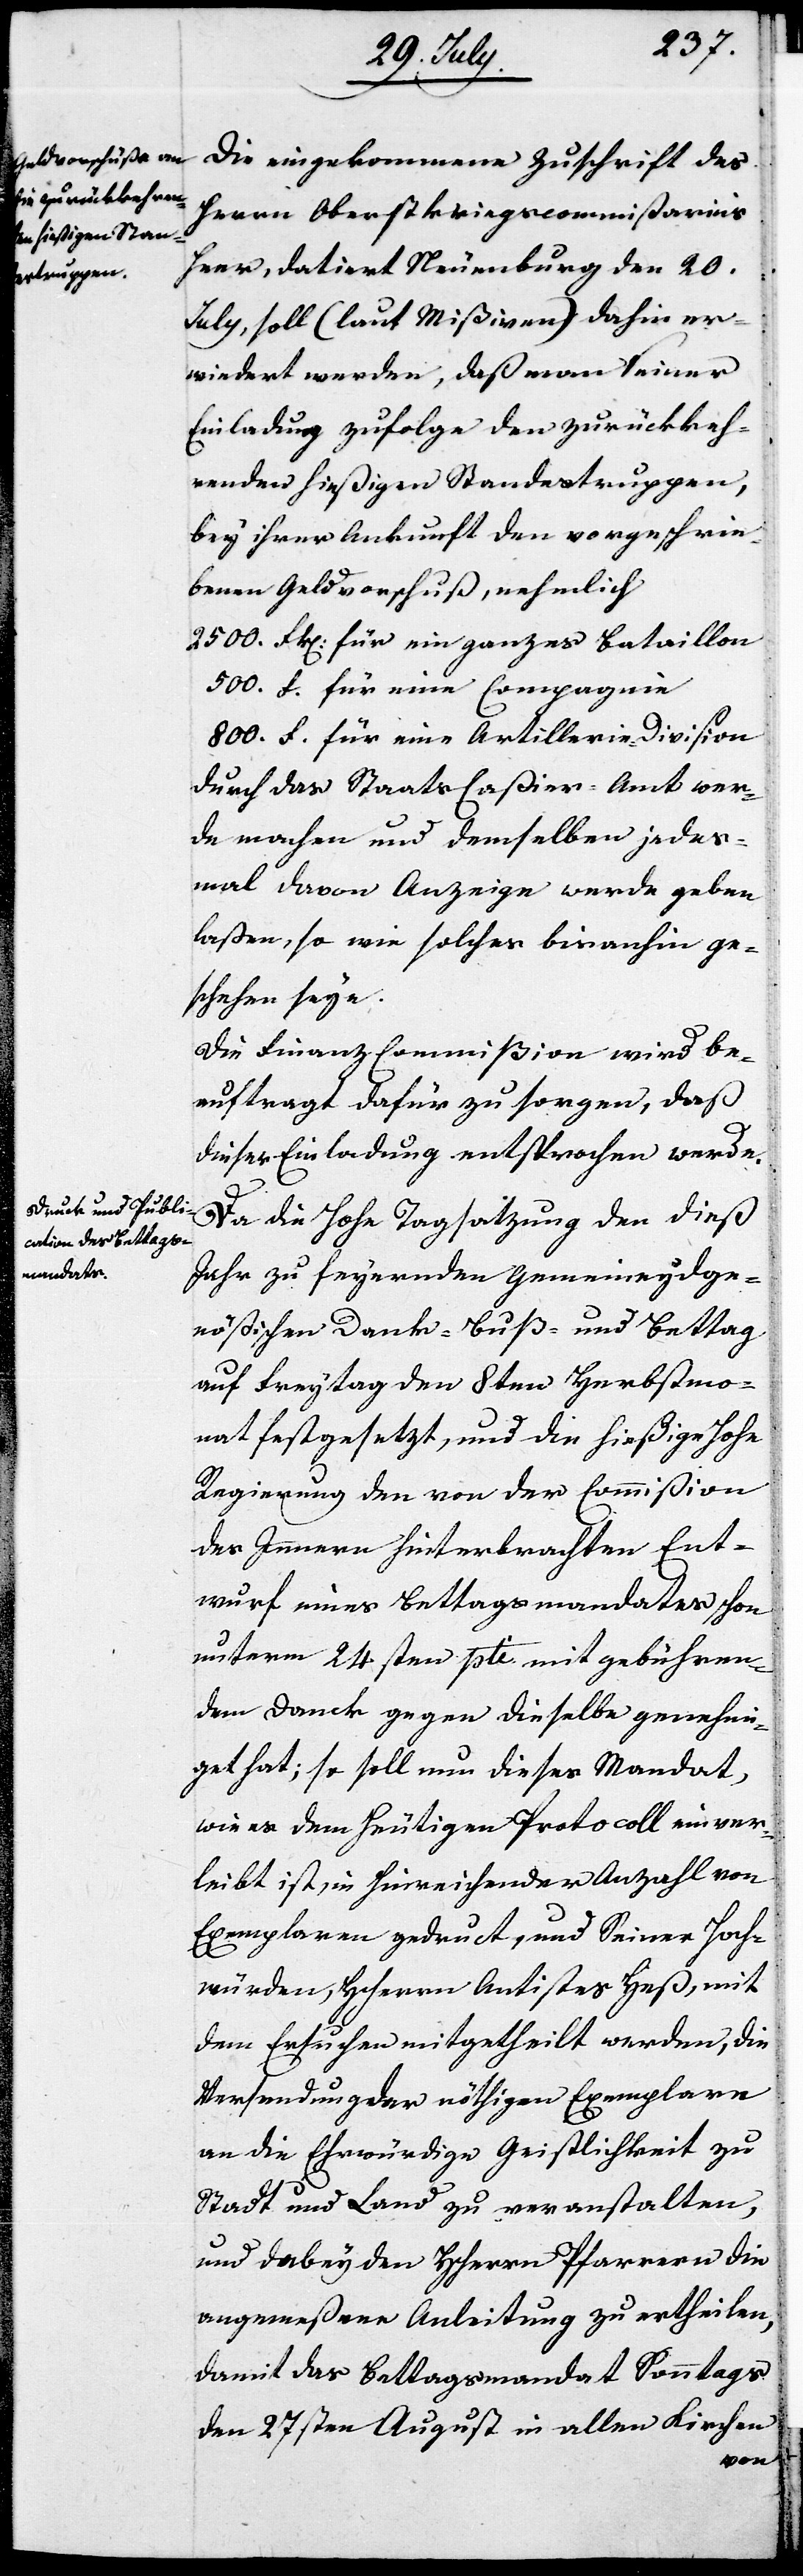
Herrn Oberstkriegscommißarius
Heer, datiert Neuenburg den 20.
July, soll (laut Mißiven) dahin er¬
wiedert werden, daß man seiner
Einladung zufolge den zurückkeh¬
renden hießigen Standestruppen,
bey ihrer Ankunft den vorgeschrie¬
benen Geldvorschuß, nehmlich
2500. Frk. für ein ganzes Bataillon,
500. F. für eine Compagnie,
800. F. für eine Artillerie-Division
durch das Staats-Caßier-Amt wer¬
de machen und demselben jedes¬
mal davon Anzeige werde geben
laßen, so wie solches bis anhin ge¬
schehen seye.
Die Finanz-Commißion wird be¬
auftragt, dafür zu sorgen, daß
dieser Einladung entsprochen werde.
Da die Hohe Tagsatzung den dieß
Jahr zu feyernden Gemeineydsge¬
nößischen Dank- Buß- und Bettag
auf Freytag den 8ten Herbstmo¬
nat festgesetzt, und die hießige Hohe
Regierung den von der Commißion
des Innern hinterbrachten Ent¬
wurf eines Bettagsmandates schon
unterm 24sten pti. mit gebühren¬
dem Dank gegen dieselbe genehmi¬
get hat; so soll nun dieses Mandat,
wie es dem heutigen Protocoll einver¬
leibt ist, in hinreichender Anzahl von
Exemplaren gedruckt, und Seiner Hoch¬
würden, HHerrn Antistes Heß, mit
dem Ersuchen mitgetheilt werden, die
Versendung der nöthigen Exemplare
an die Ehrwürdige Geistlichkeit zu
Stadt und Land zu veranstalten,
und dabey den HHerrn Pfarrern die
angemeßene Anleitung zu ertheilen,
damit das Bettagsmandat Sonntags
den 27sten August in allen Kirchen